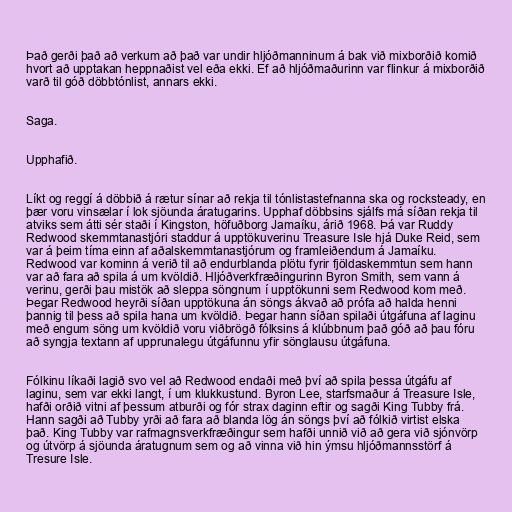
Það gerði það að verkum að það var undir hljóðmanninum á bak við mixborðið komið
hvort að upptakan heppnaðist vel eða ekki. Ef að hljóðmaðurinn var flinkur á mixborðið
varð til góð döbbtónlist, annars ekki.

Saga.

Upphafið.

Líkt og reggí á döbbið á rætur sínar að rekja til tónlistastefnanna ska og rocksteady, en
þær voru vinsælar í lok sjöunda áratugarins. Upphaf döbbsins sjálfs má síðan rekja til
atviks sem átti sér staði í Kingston, höfuðborg Jamaíku, árið 1968. Þá var Ruddy
Redwood skemmtanastjóri staddur á upptökuverinu Treasure Isle hjá Duke Reid, sem
var á þeim tíma einn af aðalskemmtanastjórum og framleiðendum á Jamaíku.
Redwood var kominn á verið til að endurblanda plötu fyrir fjöldaskemmtun sem hann
var að fara að spila á um kvöldið. Hljóðverkfræðingurinn Byron Smith, sem vann á
verinu, gerði þau mistök að sleppa söngnum í upptökunni sem Redwood kom með.
Þegar Redwood heyrði síðan upptökuna án söngs ákvað að prófa að halda henni
þannig til þess að spila hana um kvöldið. Þegar hann síðan spilaði útgáfuna af laginu
með engum söng um kvöldið voru viðbrögð fólksins á klúbbnum það góð að þau fóru
að syngja textann af upprunalegu útgáfunnu yfir sönglausu útgáfuna.

Fólkinu líkaði lagið svo vel að Redwood endaði með því að spila þessa útgáfu af
laginu, sem var ekki langt, í um klukkustund. Byron Lee, starfsmaður á Treasure Isle,
hafði orðið vitni af þessum atburði og fór strax daginn eftir og sagði King Tubby frá.
Hann sagði að Tubby yrði að fara að blanda lög án söngs því að fólkið virtist elska
það. King Tubby var rafmagnsverkfræðingur sem hafði unnið við að gera við sjónvörp
og útvörp á sjöunda áratugnum sem og að vinna við hin ýmsu hljóðmannsstörf á
Tresure Isle.